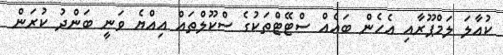
ކުއާލަ ލަމްޕޫރާއި އެހެން ބައެއް ސްޓޭޓްތަކުގެ ސްކޫލްތައް އިއްޔެ ވަނީ ބަންދު ކުރަން